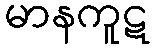
မာနကူဋ